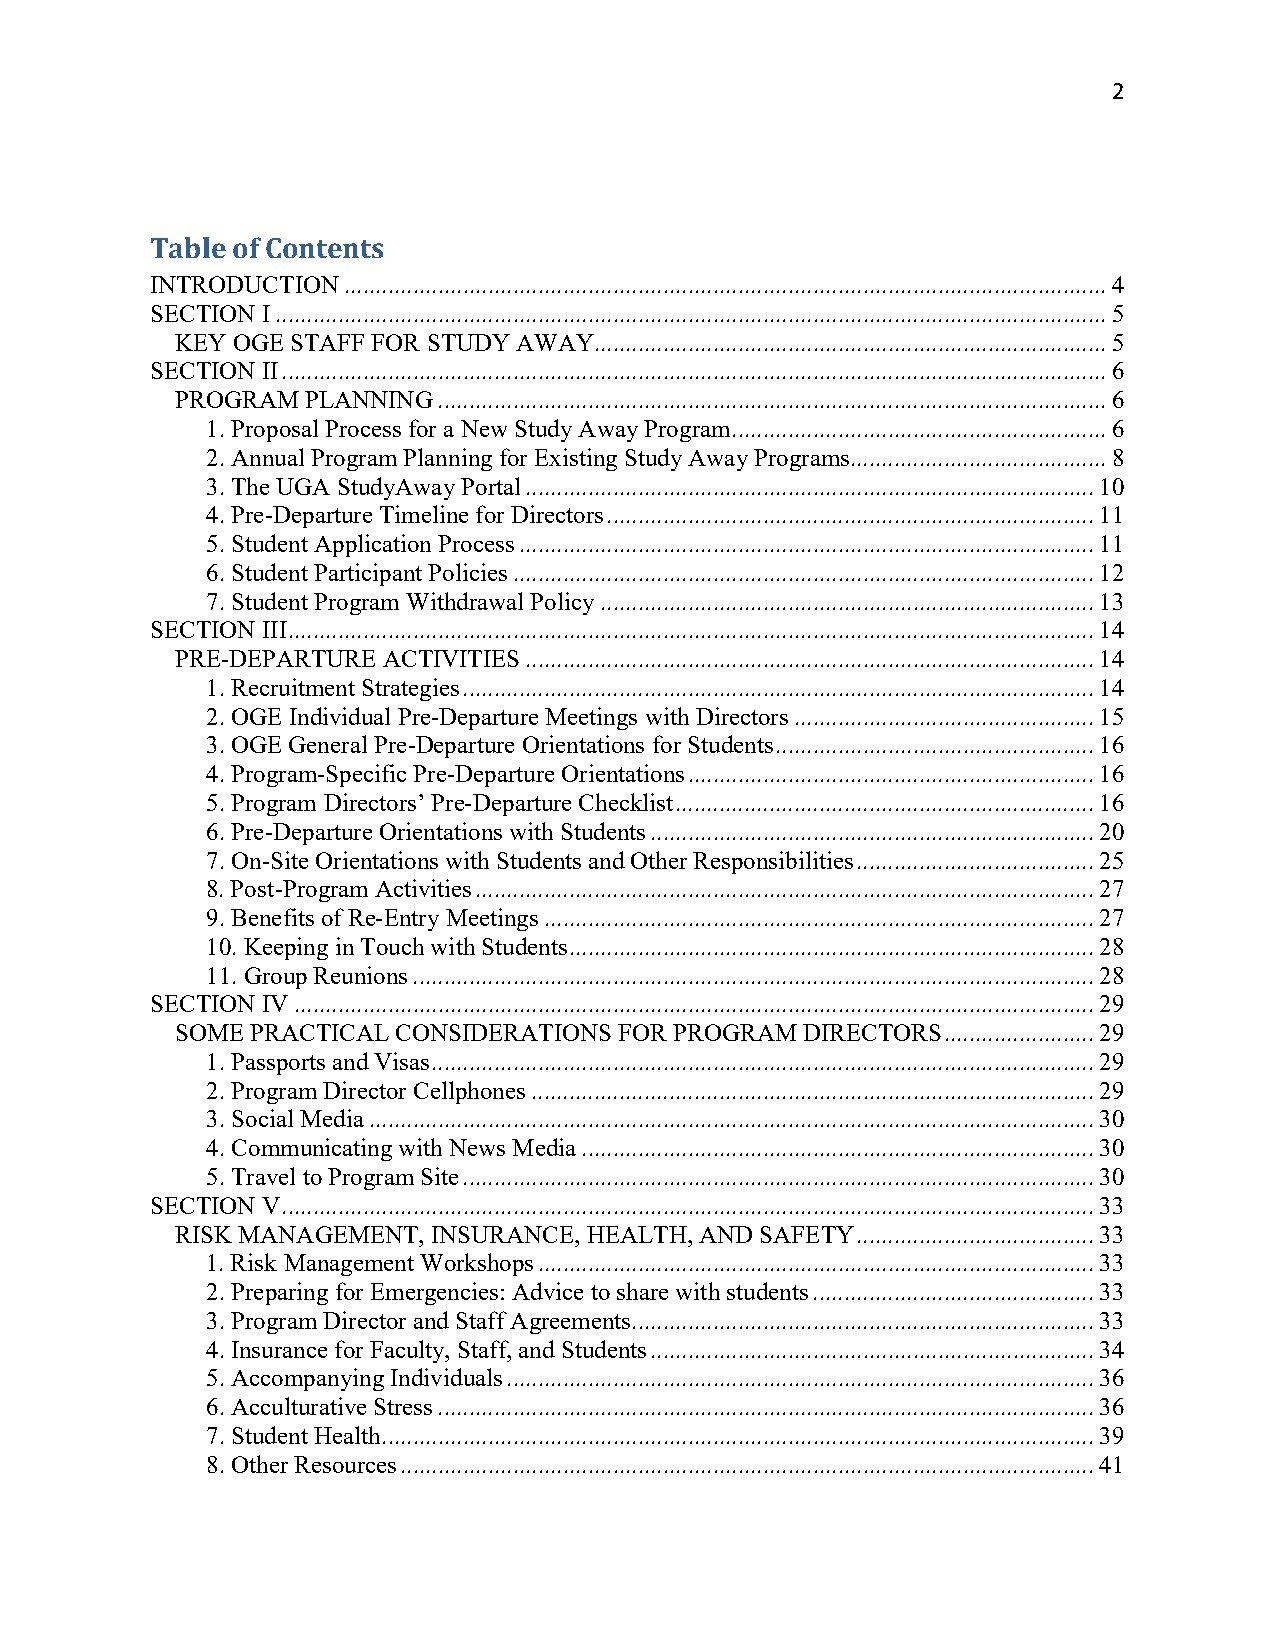
2
 Table of Contents
 INTRODUCTION .......................................................................................................................... 4
 SECTION I ..................................................................................................................................... 5
 KEY OGE STAFF FOR STUDY AWAY.................................................................................. 5
 SECTION II .................................................................................................................................... 6
 PROGRAM PLANNING ........................................................................................................... 6
 1. Proposal Process for a New Study Away Program ............................................................ 6
 2. Annual Program Planning for Existing Study Away Programs......................................... 8
 3. The UGA StudyAway Portal ........................................................................................... 10
 4. Pre-Departure Timeline for Directors .............................................................................. 11
 5. Student Application Process ............................................................................................ 11
 6. Student Participant Policies ............................................................................................. 12
 7. Student Program Withdrawal Policy ............................................................................... 13
 SECTION III ................................................................................................................................. 14
 PRE-DEPARTURE ACTIVITIES ........................................................................................... 14
 1. Recruitment Strategies ..................................................................................................... 14
 2. OGE Individual Pre-Departure Meetings with Directors ................................................ 15
 3. OGE General Pre-Departure Orientations for Students ................................................... 16
 4. Program-Specific Pre-Departure Orientations ................................................................. 16
 5. Program Directors’ Pre-Departure Checklist ................................................................... 16
 6. Pre-Departure Orientations with Students ....................................................................... 20
 7. On-Site Orientations with Students and Other Responsibilities ...................................... 25
 8. Post-Program Activities ................................................................................................... 27
 9. Benefits of Re-Entry Meetings ........................................................................................ 27
 10. Keeping in Touch with Students .................................................................................... 28
 11. Group Reunions ............................................................................................................. 28
 SECTION IV ................................................................................................................................ 29
 SOME PRACTICAL CONSIDERATIONS FOR PROGRAM DIRECTORS ........................ 29
 1. Passports and Visas .......................................................................................................... 29
 2. Program Director Cellphones .......................................................................................... 29
 3. Social Media .................................................................................................................... 30
 4. Communicating with News Media .................................................................................. 30
 5. Travel to Program Site ..................................................................................................... 30
 SECTION V .................................................................................................................................. 33
 RISK MANAGEMENT, INSURANCE, HEALTH, AND SAFETY ...................................... 33
 1. Risk Management Workshops ......................................................................................... 33
 2. Preparing for Emergencies: Advice to share with students ............................................. 33
 3. Program Director and Staff Agreements.......................................................................... 33
 4. Insurance for Faculty, Staff, and Students ....................................................................... 34
 5. Accompanying Individuals .............................................................................................. 36
 6. Acculturative Stress ......................................................................................................... 36
 7. Student Health .................................................................................................................. 39
 8. Other Resources ............................................................................................................... 41